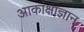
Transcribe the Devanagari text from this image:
आकांक्षाज्ञान